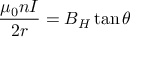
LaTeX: { \frac { \mu _ { 0 } n I } { 2 r } } = B _ { H } \tan \theta